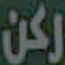
ركن